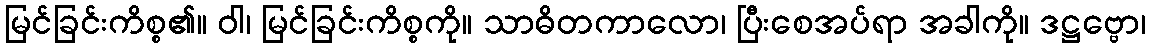
မြင်ခြင်းကိစ္စ၏။ ဝါ၊ မြင်ခြင်းကိစ္စကို။ သာဓိတကာလော၊ ပြီးစေအပ်ရာ အခါကို။ ဒဋ္ဌဗ္ဗော၊